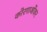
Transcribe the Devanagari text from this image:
कोरगाओंकर